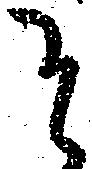
そ